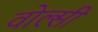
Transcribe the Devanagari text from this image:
वोल्सी